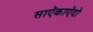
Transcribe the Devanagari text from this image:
साऍकाऍदो